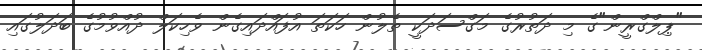
"ޕިލްގްރީން"ގެ މި ދަތުރުގެ މަގްސަދަކީ ތެލުން ހަކަތަ އުފައްދައިގެން ވެހިކަލް ދުއްވުމުގެ ބަދަލުގައި